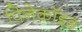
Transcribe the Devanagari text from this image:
पिनेकॉइड